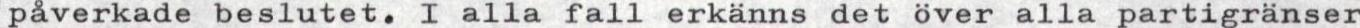
påverkade beslutet. I alla fall erkänns det över alla partigränser